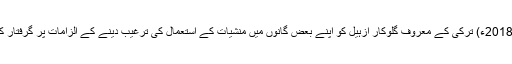
25 مئی2018ء) ترکی کے معروف گلوکار ازہیل کو اپنے بعض گانوں میں منشیات کے استعمال کی ترغیب دینے کے الزامات پر گرفتار کر لیا گیا۔